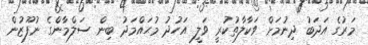
މަރުގެ އަދަބު ދިނުމަށް ވަކާލާތުކުރީ ވަލީ އަހުދު މުޙައްމަދު ބިން ސަލްމާންގެ ނުފޫޒުން